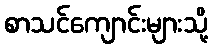
စာသင်ကျောင်းများသို့